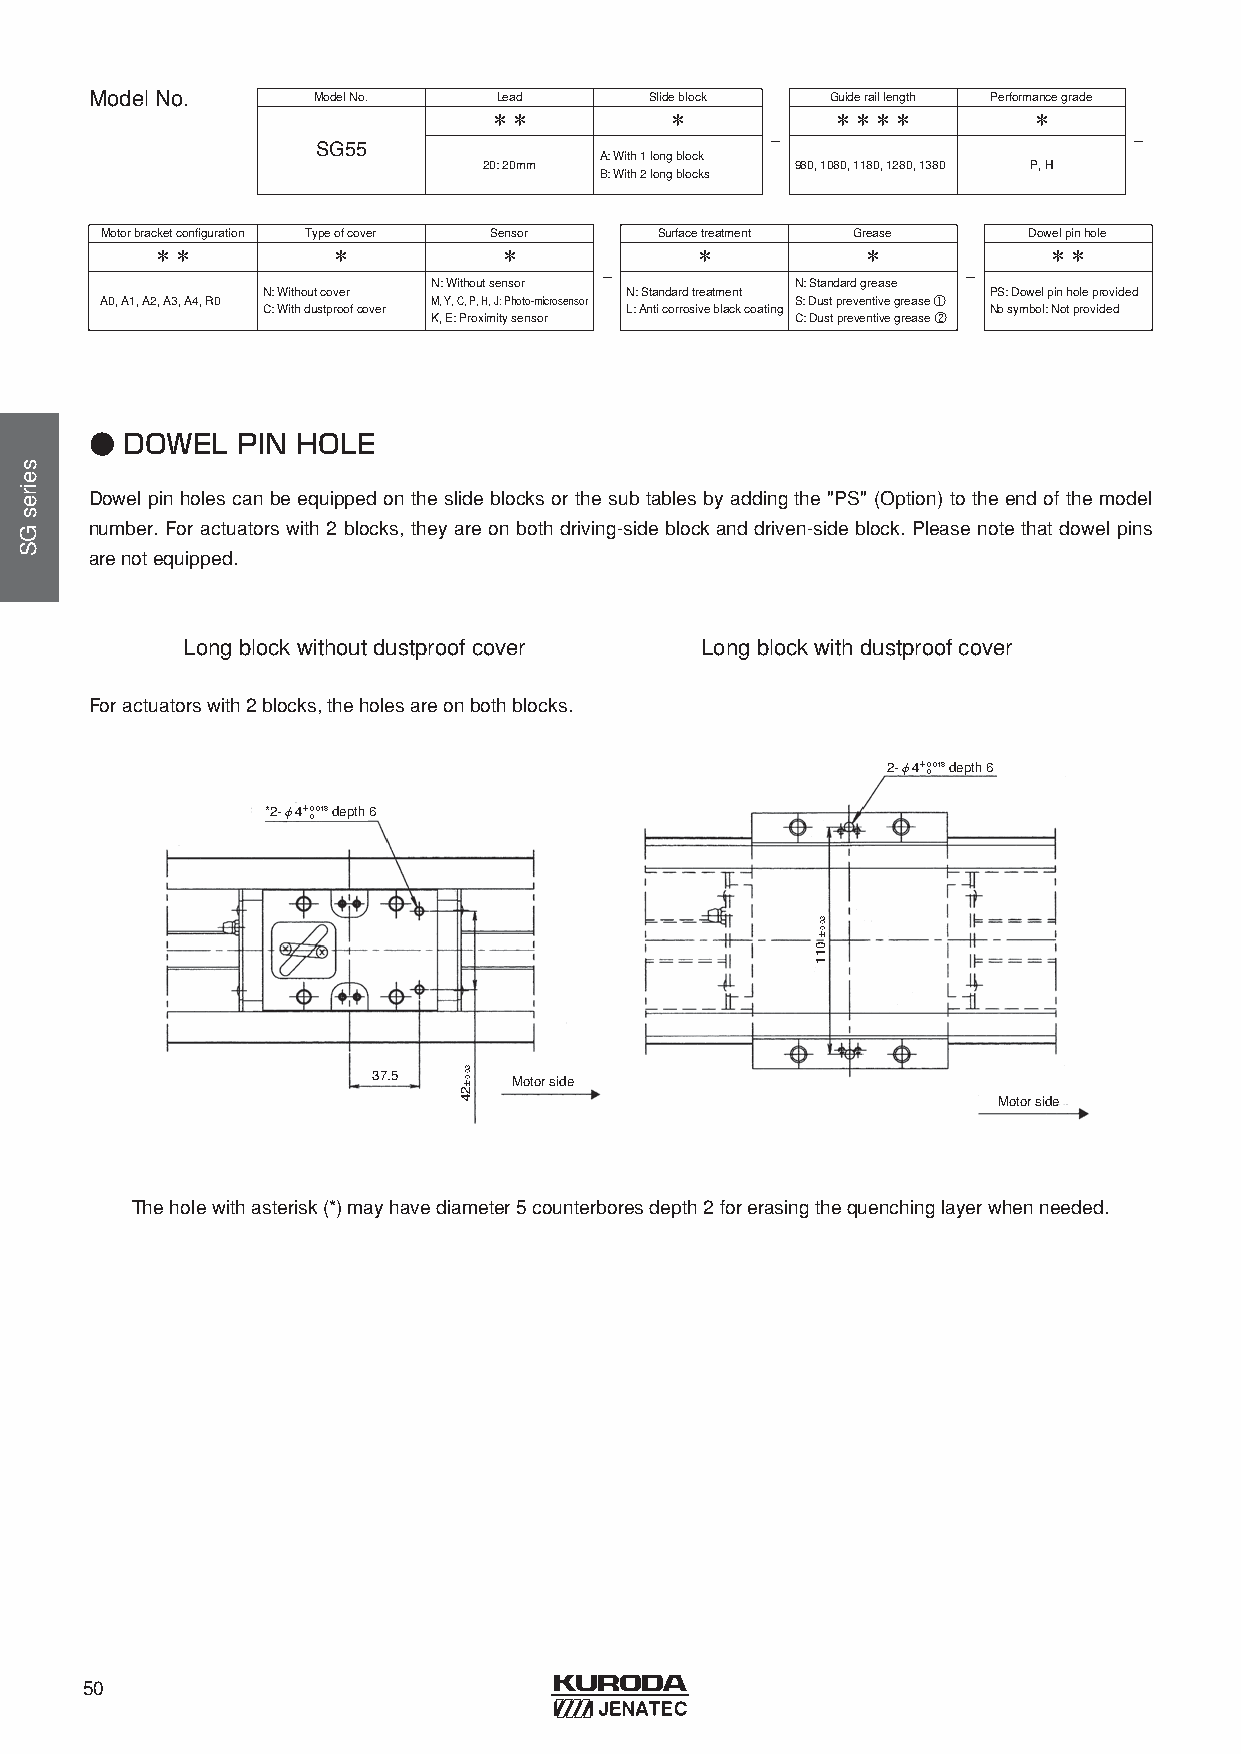
ModelNo.       ModelNo.    Lead      Slideblock  Guideraillength Performancegrade
 ＊＊          ＊          ＊＊＊＊         ＊
 -                       -
 SG55
 A: With1 longblock
 20: 20mm             980, 1080, 1180, 1280, 1380 P, H
 B: With2 longblocks
 Motorbracketconfiguration Typeofcover Sensor Surfacetreatment Grease Dowelpinhole
 ＊＊          ＊          ＊            ＊          ＊           ＊＊
 -                       -
 N: Withoutsensor        N: Standardgrease
 N: Withoutcover         N: Standardtreatment    PS: Dowelpinholeprovided
 A0, A1, A2, A3, A4, R0 M, Y, C, P, H, J: Photo-microsensor S: Dustpreventivegrease ①
 C: Withdustproofcover   L: Anticorrosiveblackcoating Nosymbol: Notprovided
 K, E: Proximitysensor   C: Dustpreventivegrease ②
 ● DOWEL   PIN HOLE
 Dowel pin holes can be equipped on the slide blocks or the sub tables by adding the "PS" (Option) to the end of the model
 number. For actuators with 2 blocks, they are on both driving-side block and driven-side block. Please note that dowel pins
 arenotequipped.
 Longblockwithoutdustproofcover    Longblockwithdustproofcover
 Foractuatorswith2 blocks, theholesareonbothblocks.
 2-φ4＋0.018 depth 6
 0
 *2-φ4＋0.018 depth 6
 0
 37.5     Motor side
 Motor side
 Theholewithasterisk(*) mayhavediameter5 counterboresdepth 2 forerasingthequenchinglayerwhenneeded.
 50
 seiresGS
 30.0±24
 30.0±
 011